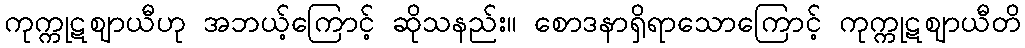
ကုက္ကုဋဈာယီဟု အဘယ့်ကြောင့် ဆိုသနည်း။ စောဒနာရှိရာသောကြောင့် ကုက္ကုဋဈာယီတိ